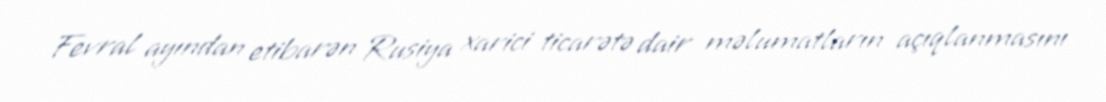
Fevral ayından etibarən Rusiya xarici ticarətə dair məlumatların açıqlanmasını